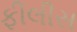
ફીલીસ